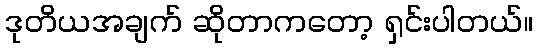
ဒုတိယအချက် ဆိုတာကတော့ ရှင်းပါတယ်။